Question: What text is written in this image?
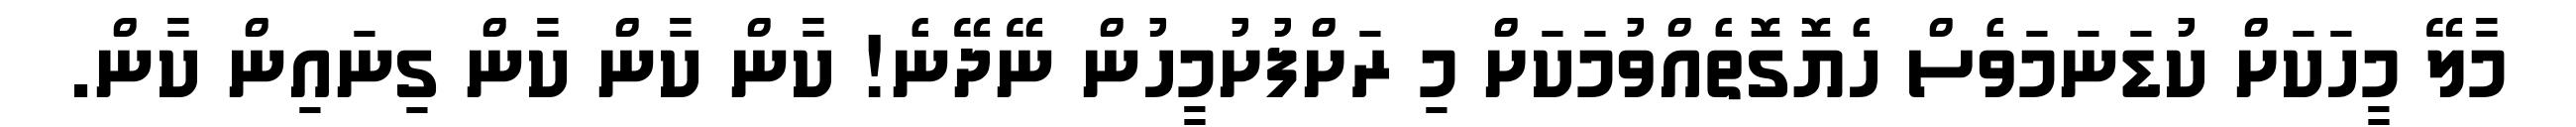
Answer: މާލޭ މީހަކަށް ކުޑަނަމަވެސް ހެޔޮގޮތެއްވުމަކަށް މި ރަށްފުށުމީހުން ނޭދޭނެ! ކާން ކާން ކާން ގިނައިން ކާން.